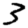
Digit: 3